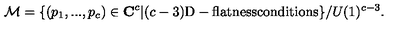
{ \cal M } = \{ ( p _ { 1 } , . . . , p _ { c } ) \in { \bf C } ^ { c } | ( c - 3 ) \mathrm { D - f l a t n e s s c o n d i t i o n s } \} / U ( 1 ) ^ { c - 3 } .